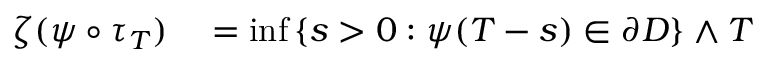
\begin{array} { r l } { \zeta ( \psi \circ \tau _ { T } ) } & { { } = \operatorname* { i n f } \left\{ s > 0 : \psi ( T - s ) \in \partial D \right\} \wedge T } \end{array}